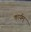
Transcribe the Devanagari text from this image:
कार्यम्